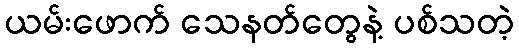
ယမ်းဖောက် သေနတ်တွေနဲ့ ပစ်သတဲ့